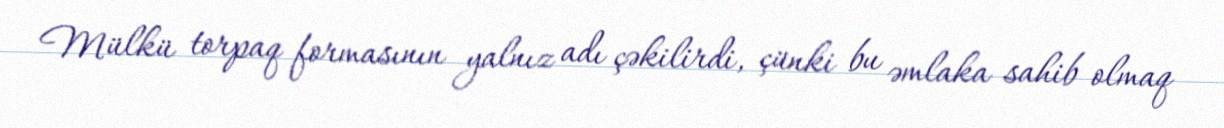
Mülkü torpaq formasının yalnız adı çəkilirdi, çünki bu əmlaka sahib olmaq